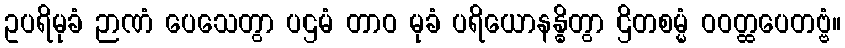
ဥပရိမုခံ ဉာဏံ ပေသေတွာ ပဌမံ တာဝ မုခံ ပရိယောနန္ဓိတွာ ဌိတစမ္မံ ဝဝတ္ထပေတဗ္ဗံ။